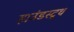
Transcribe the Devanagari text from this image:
हाउंडस्टूथ